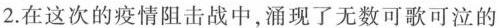
2.在这次的疫情阻击战中，涌现了无数可歌可泣的